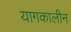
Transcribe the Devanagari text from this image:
यागकालीन